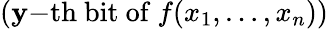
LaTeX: (\mathbf{y}{\mathrm{{-th~bit~of~}}}f(x_{1},\ldots,x_{n}))